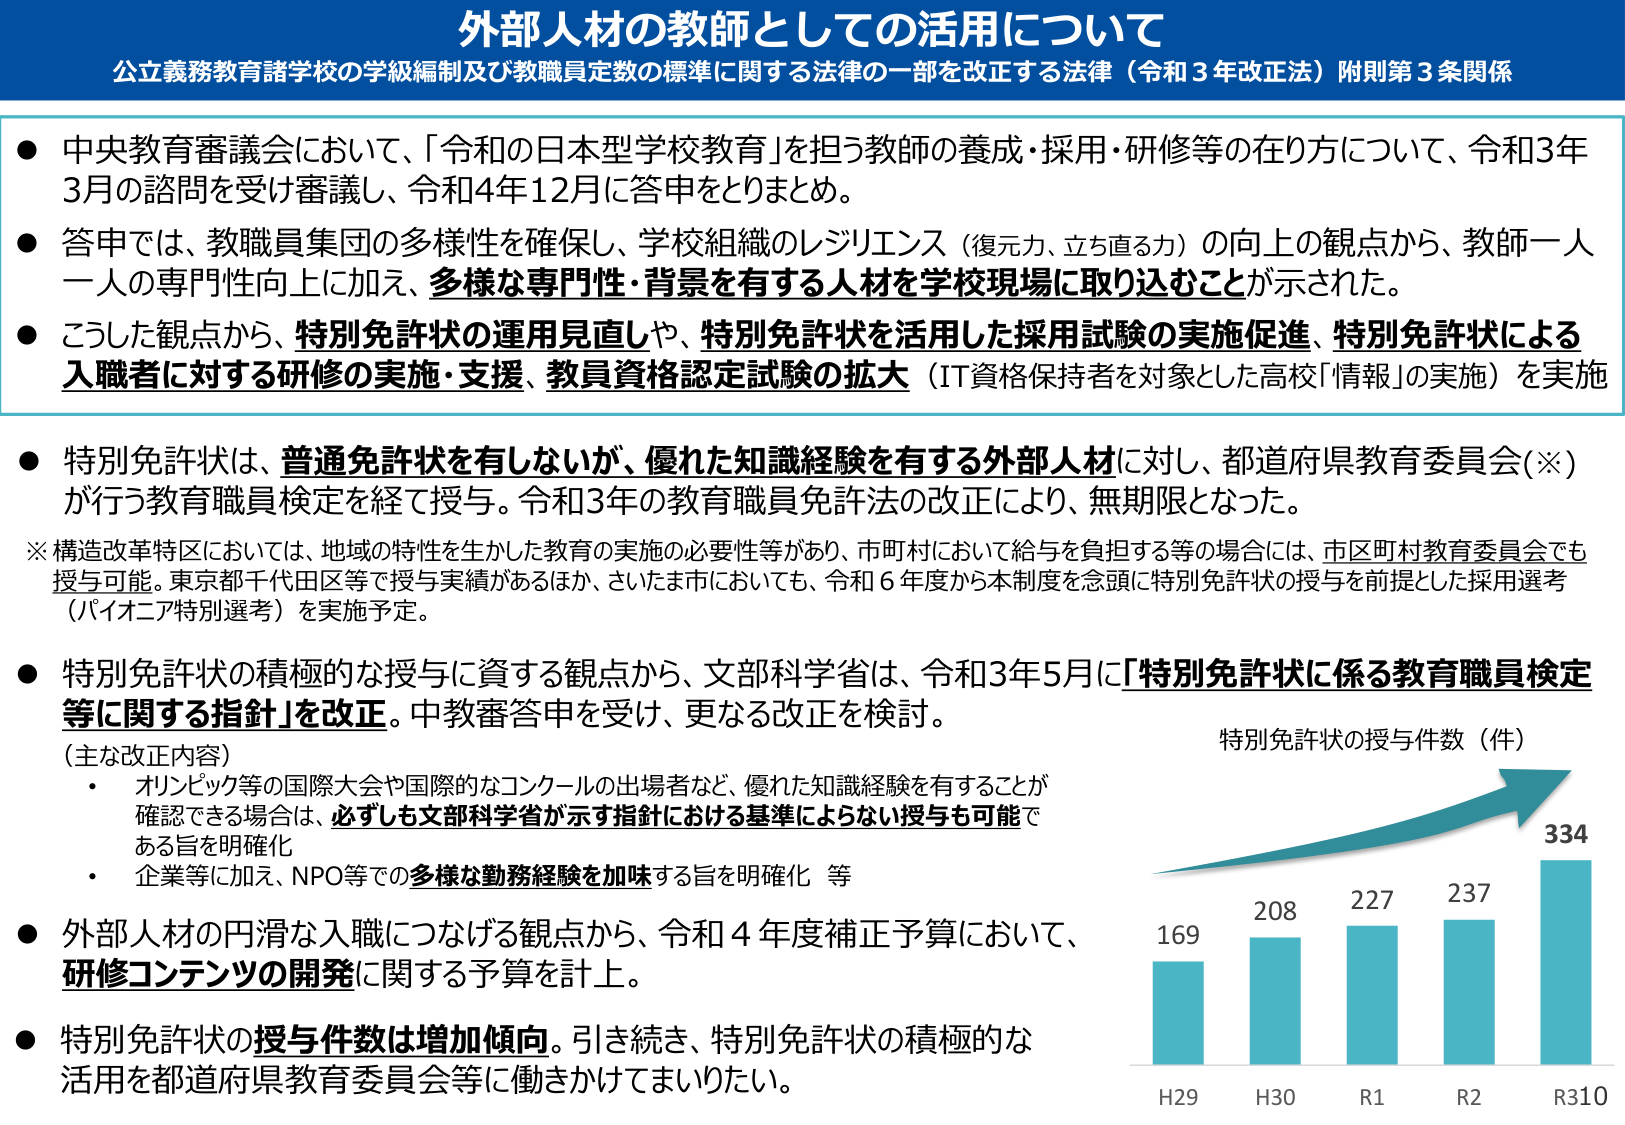
外部人材の教師としての活用について
公立義務教育諸学校の学級編制及び教職員定数の標準に関する法律の一部を改正する法律（令和３年改正法）附則第３条関係

● 中央教育審議会において、「令和の日本型学校教育」を担う教師の養成・採用・研修等の在り方について、令和3年3月の諮問を受け審議し、令和4年12月に答申をとりまとめ。
● 答申では、教職員集団の多様性を確保し、学校組織のレジリエンス（復元力、立ち直る力）の向上の観点から、教師一人一人の専門性向上に加え、**多様な専門性・背景を有する人材を学校現場に取り込むことが示された**。
● こうした観点から、**特別免許状の運用見直し**や、**特別免許状を活用した採用試験の実施促進**、**特別免許状による入職者に対する研修の実施・支援**、**教員資格認定試験の拡大**（IT資格保持者を対象とした高校「情報」の実施）を実施

● 特別免許状は、**普通免許状を有しないが、優れた知識経験を有する外部人材**に対し、都道府県教育委員会(※)が行う教育職員検定を経て授与。令和3年の教育職員免許法の改正により、無期限となった。
※ 構造改革特区においては、地域の特性を生かした教育の実施の必要性等があり、市町村において給与を負担する等の場合には、市区町村教育委員会でも授与可能。東京都千代田区等で授与実績があるほか、さいたま市においても、令和6年度から本制度を念頭に特別免許状の授与を前提とした採用選考（バイオニア特別選考）を実施予定。

● 特別免許状の積極的な授与に資する観点から、文部科学省は、令和3年5月に**「特別免許状に係る教育職員検定等に関する指針」を改正**。中教審答申を受け、更なる改正を検討。
（主な改正内容）
・ オリンピック等の国際大会や国際的なコンクールの出場者など、優れた知識経験を有することが確認できる場合は、**必ずしも文部科学省が示す指針における基準によらない授与も可能である旨を明確化**
・ 企業等に加え、NPO等での**多様な勤務経験を加味する旨を明確化** 等

● 外部人材の円滑な入職につなげる観点から、令和4年度補正予算において、**研修コンテンツの開発**に関する予算を計上。

● 特別免許状の**授与件数は増加傾向**。引き続き、特別免許状の積極的な活用を都道府県教育委員会等に働きかけてまいりたい。

特別免許状の授与件数（件）
H29 169
H30 208
R1 227
R2 237
R310 334